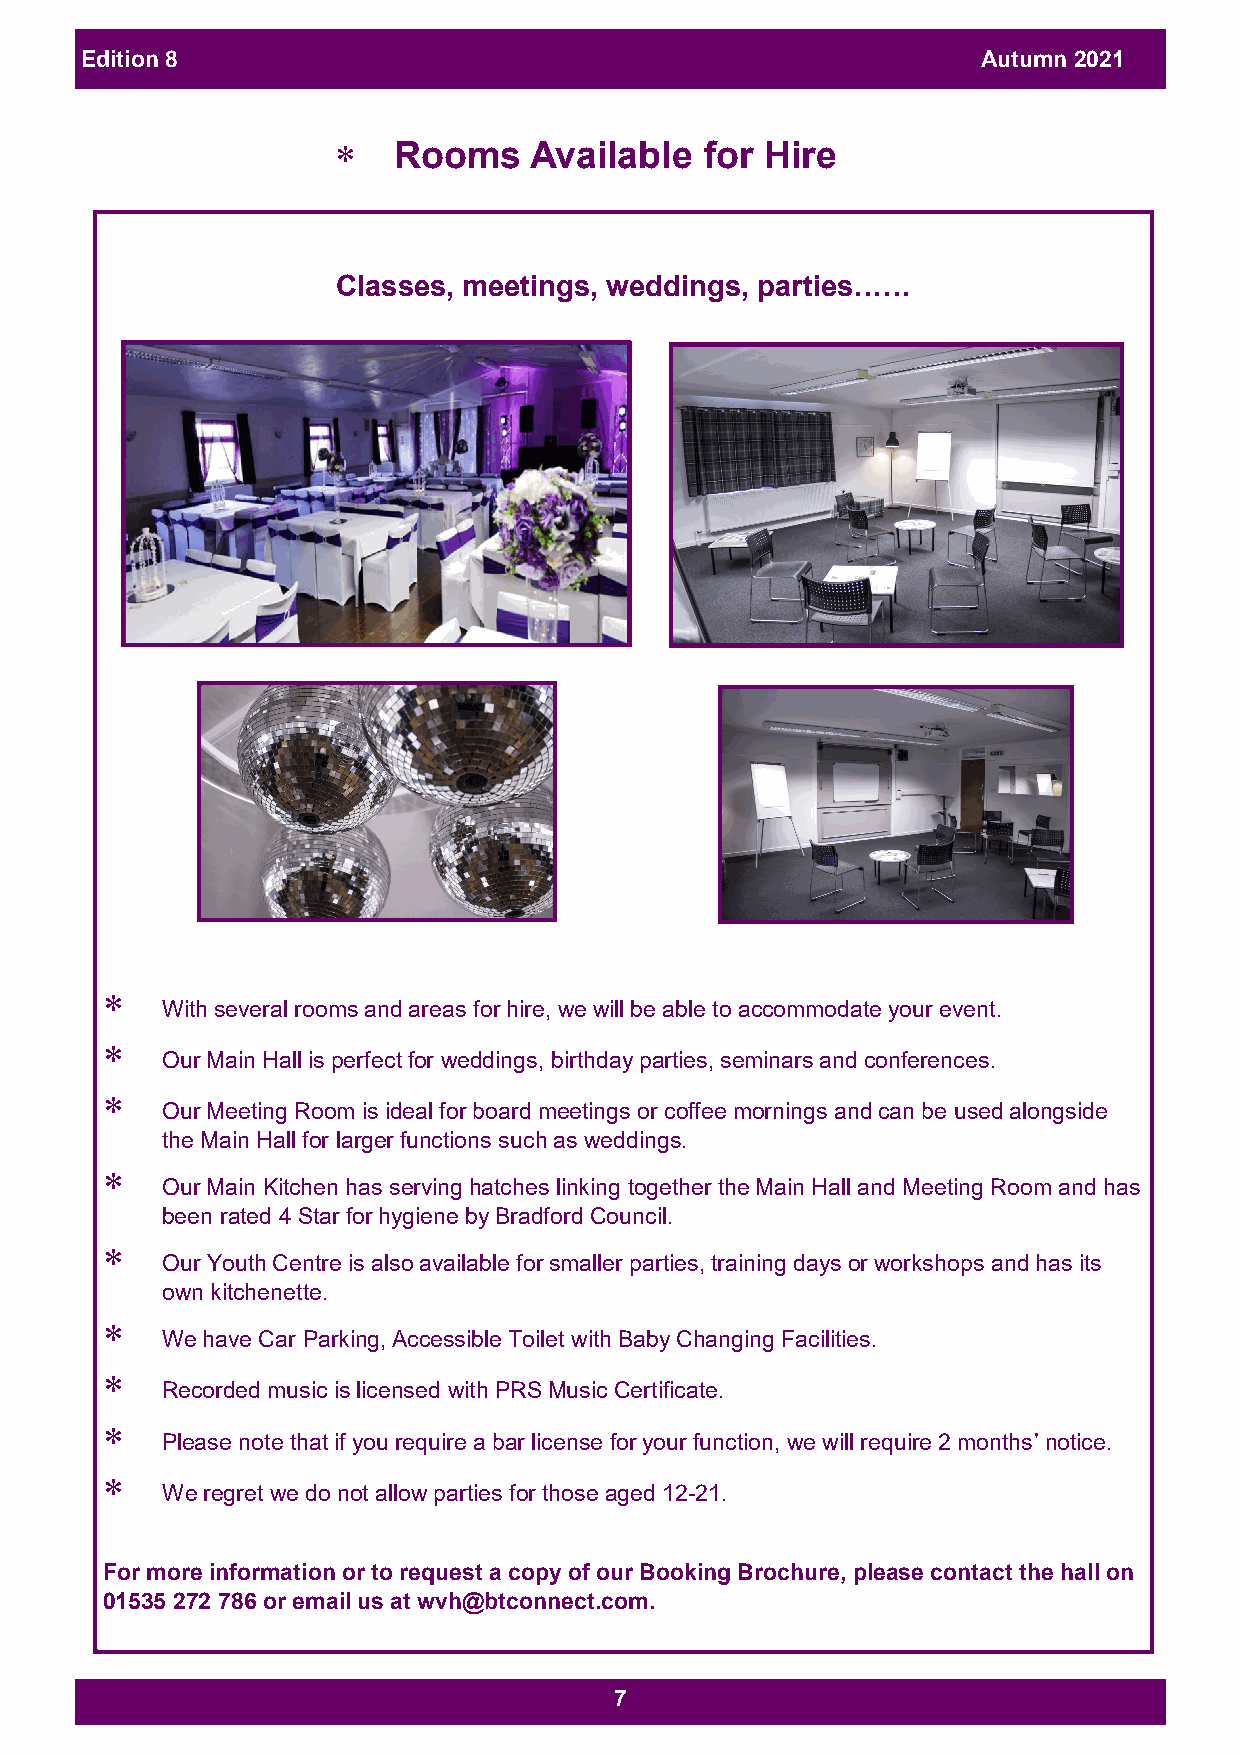
Edition 8                                                   Autumn 2021
    Rooms    Available   for Hire
 Classes, meetings, weddings, parties……
 
 With several rooms and areas for hire, we will be able to accommodate your event.
 
 Our Main Hall is perfect for weddings, birthday parties, seminars and conferences.
 
 Our Meeting Room is ideal for board meetings or coffee mornings and can be used alongside
 the Main Hall for larger functions such as weddings.
 
 Our Main Kitchen has serving hatches linking together the Main Hall and Meeting Room and has
 been rated 4 Star for hygiene by Bradford Council.
 
 Our Youth Centre is also available for smaller parties, training days or workshops and has its
 own kitchenette.
 
 We have Car Parking, Accessible Toilet with Baby Changing Facilities.
 
 Recorded music is licensed with PRS Music Certificate.
 
 Please note that if you require a bar license for your function, we will require 2 months’ notice.
 
 We regret we do not allow parties for those aged 12-21.
 For more information or to request a copy of our Booking Brochure, please contact the hall on
 01535 272 786 or email us at wvh@btconnect.com.
 7